Report on vaccination North-West Frontier Province 1904-1922 - 1904-1922
Year: 1904
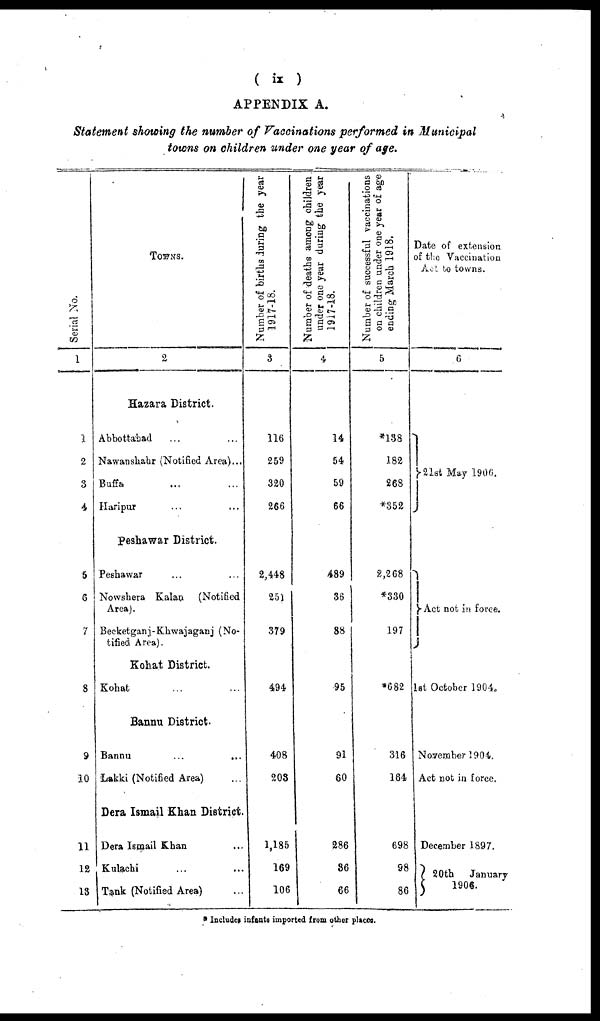
( ix )
APPENDIX A.
Statement showing the number of Vaccinations performed in Municipal
towns on children under one year of age.
Serial No.
1
1
2
3
4
5
6
7
8
9
10
11
12
13
TOWNS.
2
Hazara District.
Abbottabad ... ...
Nawanshahr (Notified Area)...
Buffa ... ...
Haripur ... ...
Peshawar District.
Peshawar ...
Nowshera Kalan
(Notified
Area).
Becketganj-Khwajaganj (No-
tified Area).
Kohat District.
Kohat ... ...
Bannu District.
Bannu
...
...
Lakki (Notified Area) ...
Dera Ismail Khan District.
Dera Ismail Khan ...
Kulachi ... ...
Tank (Notified Area) ...
Number of births during the year
1917-18.
3
116
259
320
266
2,448
251
379
494
408
203
1,185
169
106
Number of deaths among children .
under one year during the year
1917-18.
4
14
54
59
66
489
36
88
95
91
60
286
36
66
Number of successful vaccinations
on children under one year of age
ending March 1918.
5
*138
182
268
*352
2,268
*330
197
*682
316
164
698
98
86
Date of extension
of the Vaccination
Act to towns.
6
21st May 1906.
Act not in force.
1st October 1904.
November 1904.
Act not in force.
December 1897.
20th January
1906.
* Includes infants imported from other places.